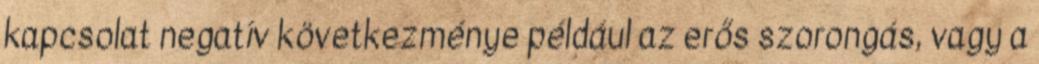
kapcsolat negatív következménye például az erős szorongás, vagy a